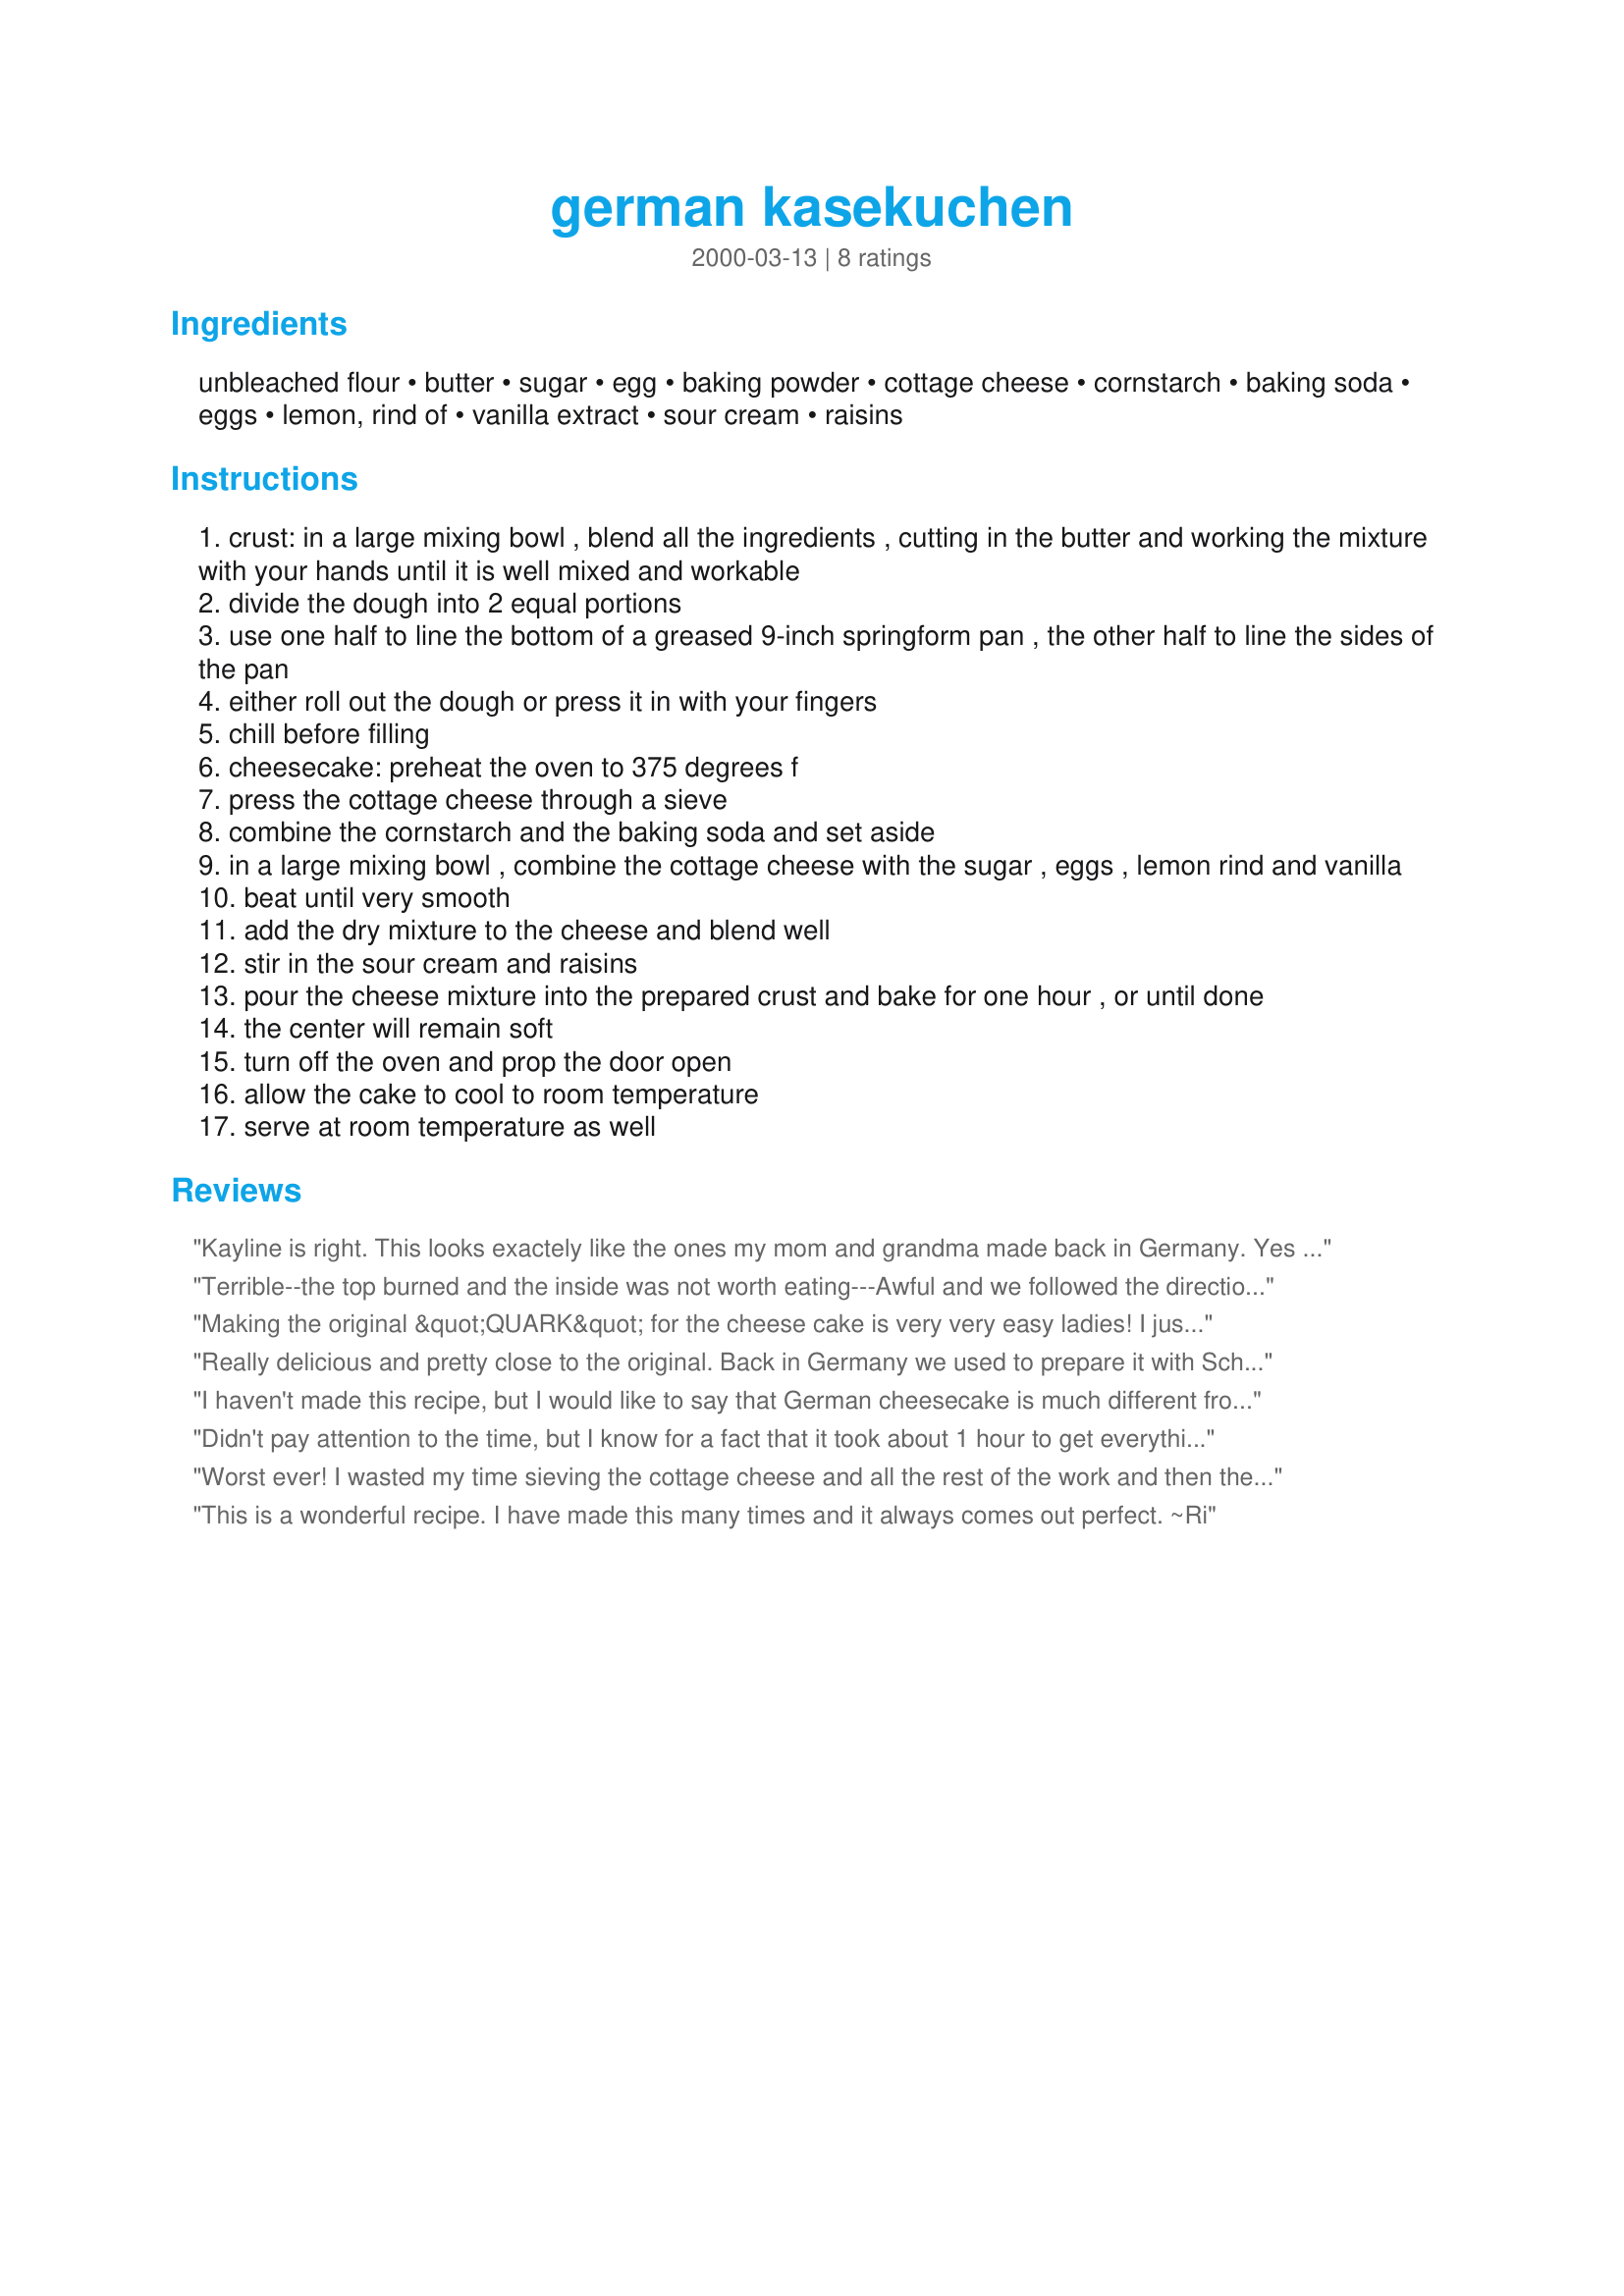
german kasekuchen
Preparation time: 0 minutes

Ingredients:
unbleached flour, butter, sugar, egg, baking powder, cottage cheese, cornstarch, baking soda, eggs, lemon, rind of, vanilla extract, sour cream, raisins

Steps:
crust: in a large mixing bowl , blend all the ingredients , cutting in the butter and working the mixture with your hands until it is well mixed and workable
divide the dough into 2 equal portions
use one half to line the bottom of a greased 9-inch springform pan , the other half to line the sides of the pan
either roll out the dough or press it in with your fingers
chill before filling
cheesecake: preheat the oven to 375 degrees f
press the cottage cheese through a sieve
combine the cornstarch and the baking soda and set aside
in a large mixing bowl , combine the cottage cheese with the sugar , eggs , lemon rind and vanilla
beat until very smooth
add the dry mixture to the cheese and blend well
stir in the sour cream and raisins
pour the cheese mixture into the prepared crust and bake for one hour , or until done
the center will remain soft
turn off the oven and prop the door open
allow the cake to cool to room temperature
serve at room temperature as well

Reviews:
Kayline is right. This looks exactely like the ones my mom and grandma made back in Germany. Yes they get brown on top ...oh I got such a craving for one by looking at the authentic pictures. I'll bake one tomorrow, just for me cause my kids and hubby do not like them. Can you imagine a whole springform of cheesecake just for you?!
Love this recipe with the fruit , try to use raisins like I do, or cherries. Oh Yum. Think of this as just another version of cheescake, there are several versions in america ,too.
Good tio with the propped oven door and the center of the cake still wet. Right on!
Terrible--the top burned and the inside was not worth eating---Awful and we followed the directions to the letter--Do not try this at home!! or at anyone else's home either
Making the original &quot;QUARK&quot; for the cheese cake is very very easy ladies! I just found out a few weeks ago. I use my oval shaped insert from my crock pot to heat 1 gallon buttermilk (plus small heavy whipping cream if you want sahne quark) in oven at about 300 until it starts to separate then turn it down lower for the rest of the time. Turn oven off after 2 hours and let cool down in oven then pour slowly into a clean cheese cloth laid out in a colander then let it slowly drain overnight. I cover top with a piece of aluminum foil and place a heavy bowl on top to give it a little pressure) You then have perfect Quark left behind in the morning. Transfer in a plastic bowl and seal with lid and refrigerate until you use it. Also, if you do not want to make the quark, the best yogurt to use is greek from FAGE highest % fat is the best. Thats just my opinion and its a taste preference.
Really delicious and pretty close to the original. Back in Germany we used to prepare it with Schmand und Quark, and this recipe substitutes them pretty well. I suggest lowering the temperature to 350 F and bake a bit longer if you don't like the darker top, although even if a bit dark it's not burnt. Sehr lecker! Vielen Dank!
I haven't made this recipe, but I would like to say that German cheesecake is much different from the "New York" cheesecake that most of us are used to eating and that may be why this recipe got some bad reviews. It has a much lighter texture and more delicate flavor. Also, my German MIL's is always VERY brown on top - looks almost burned but doesn't taste that way.
Didn't pay attention to the time, but I know for a fact that it took about 1 hour to get everything done before putting it in the oven, but it was worth it!!! Tasted just like KaseKuchen. I even had guests asking for the recipe. A great hit!!!
Worst ever! I wasted my time sieving the cottage cheese and all the rest of the work and then the cake burnt on top in less then 45 min and the inside was still liquid. What a waste of time and ingredients! Dont try this one at all. Hope you don't have to go through what I did! good thing I had two other cakes for my party.
This is a wonderful recipe.
I have made this many times and it always comes out perfect.
~Ri
